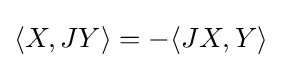
\langle X,JY\rangle =-\langle JX,Y\rangle